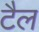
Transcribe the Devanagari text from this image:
टैल